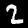
Label: 2